NAE_Eesti_seltside_protokollid_1900-1917, lk 4
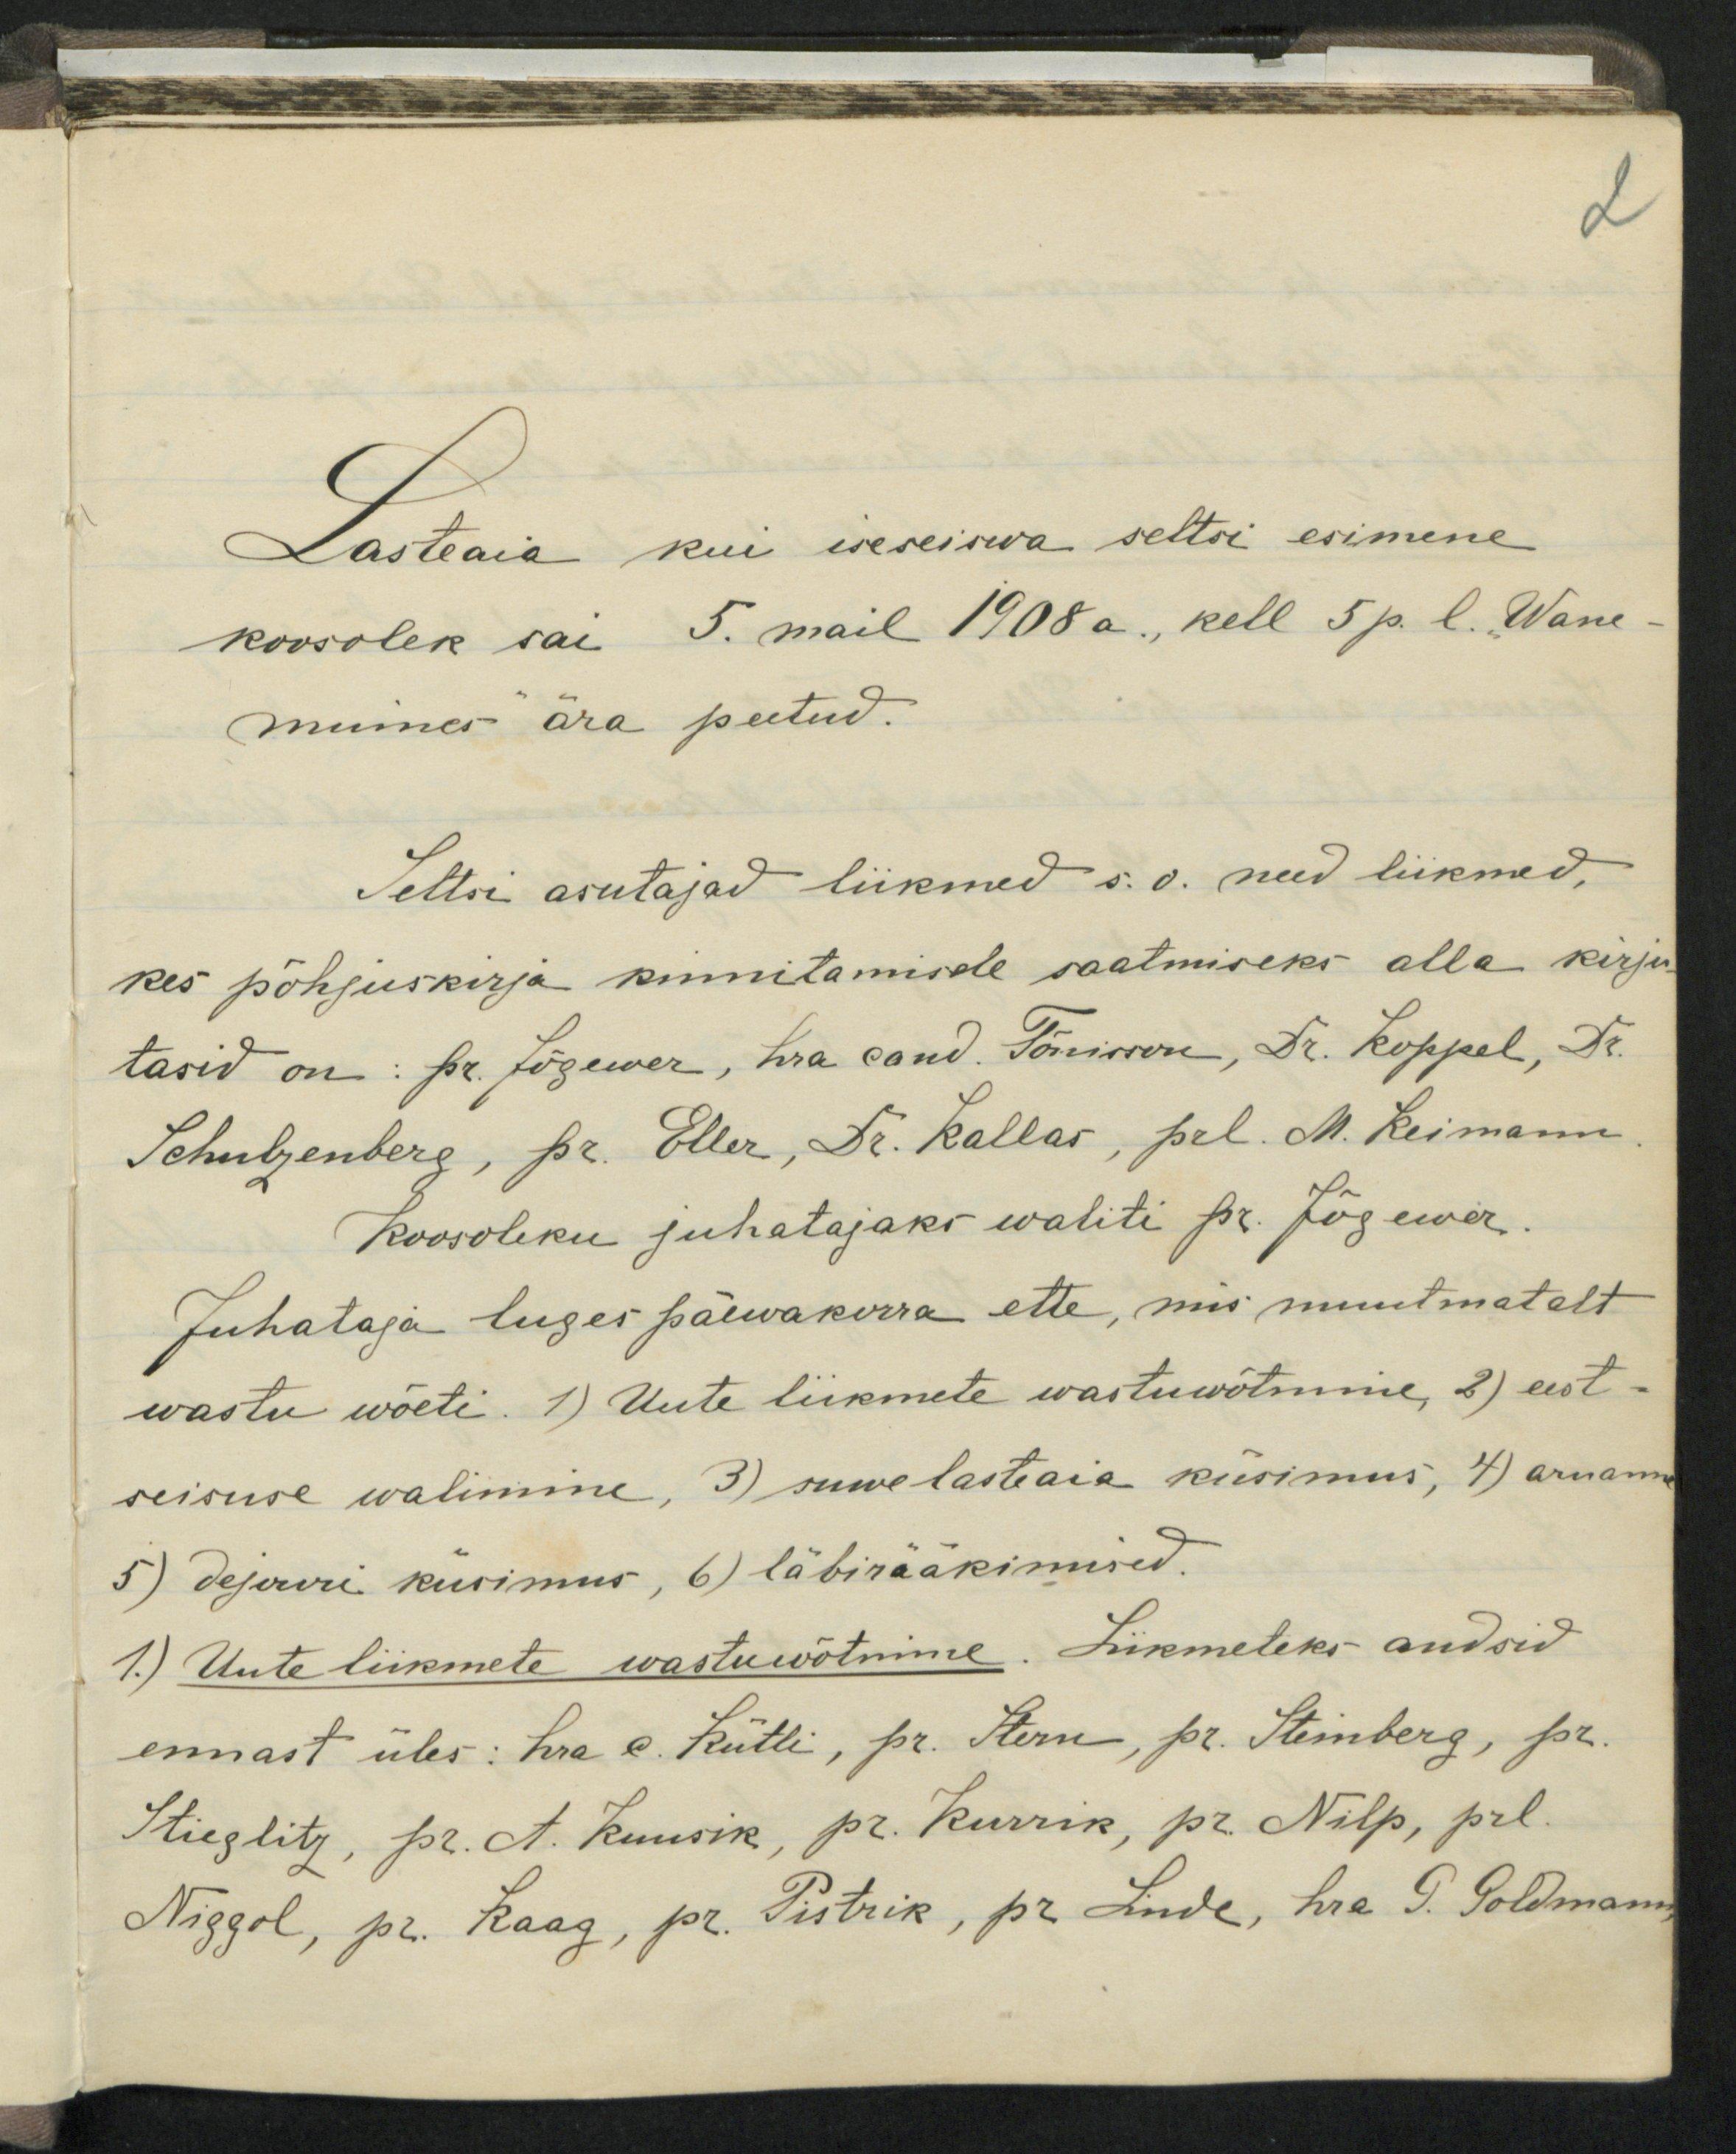
Lastaaia kui iseseiswa seltsi esimene
koosolek sai 5. mail 1908a. kell 5 p. l. Wane
muises ära peetud.
Seltsi asutajad liikmed s. o. need liikmed,
kes põhjuskirja kinnitamisele saatmiseks alla kirju
tasid on: pr. Jõgewer, hra cand. Tõnisson, Dr. Koppel, Dr.
Schulzenberg, pr. Eller, Dr. Kallar, prl. M. Reimann
Koosoleku juhatajaks waliti pr. Jõgewer
Juhataja luges päewakorra ette, mis muutmatalt
wastu wõeti. 1) Uute liikmete wastuwõtmine, 2) eest-
seisuse walimine, 3) suwelasteaia küsimus, 4) aruann
5) dejari küsimus,6) läbirääkimised.
1) Uute liikmete wastuwõtmine. Liikmeteks andsid
ennast üles: hra c. Kütli, pr. Stern, pr. Steinberg, pr.
Stieglitz, pr. A. Kuusik, pr. Kurrik, pr. Nilp, prl.
Niggol, pr. Raag, pr. Pistrik, pr. Linde, hra G. Poldmann